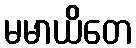
မမာယိတေ